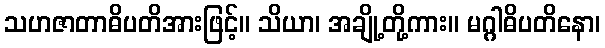
သဟဇာတာဓိပတိအားဖြင့်။ သိယာ၊ အချို့တို့ကား။ မဂ္ဂါဓိပတိနော၊